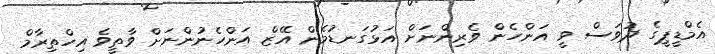
އެމްޑީޕީގެ ދުވަސް ވީ އަންހެން ވެރިންނަށް އަޅުގަނޑުމެން އޭޒް އަންހެނުންނަށް ވާތީވެ އިހްތިރާމް